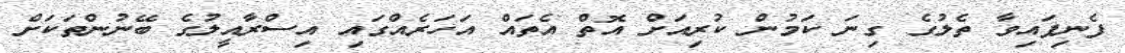
ފެނިފައިވާ ތެލުގެ ގިނަ ކަމުން ކުރިއަށް އޮތް އެތައް އަހަރެއްގައި އިސްރާއީލުގެ ބޭނުންތަކަށް